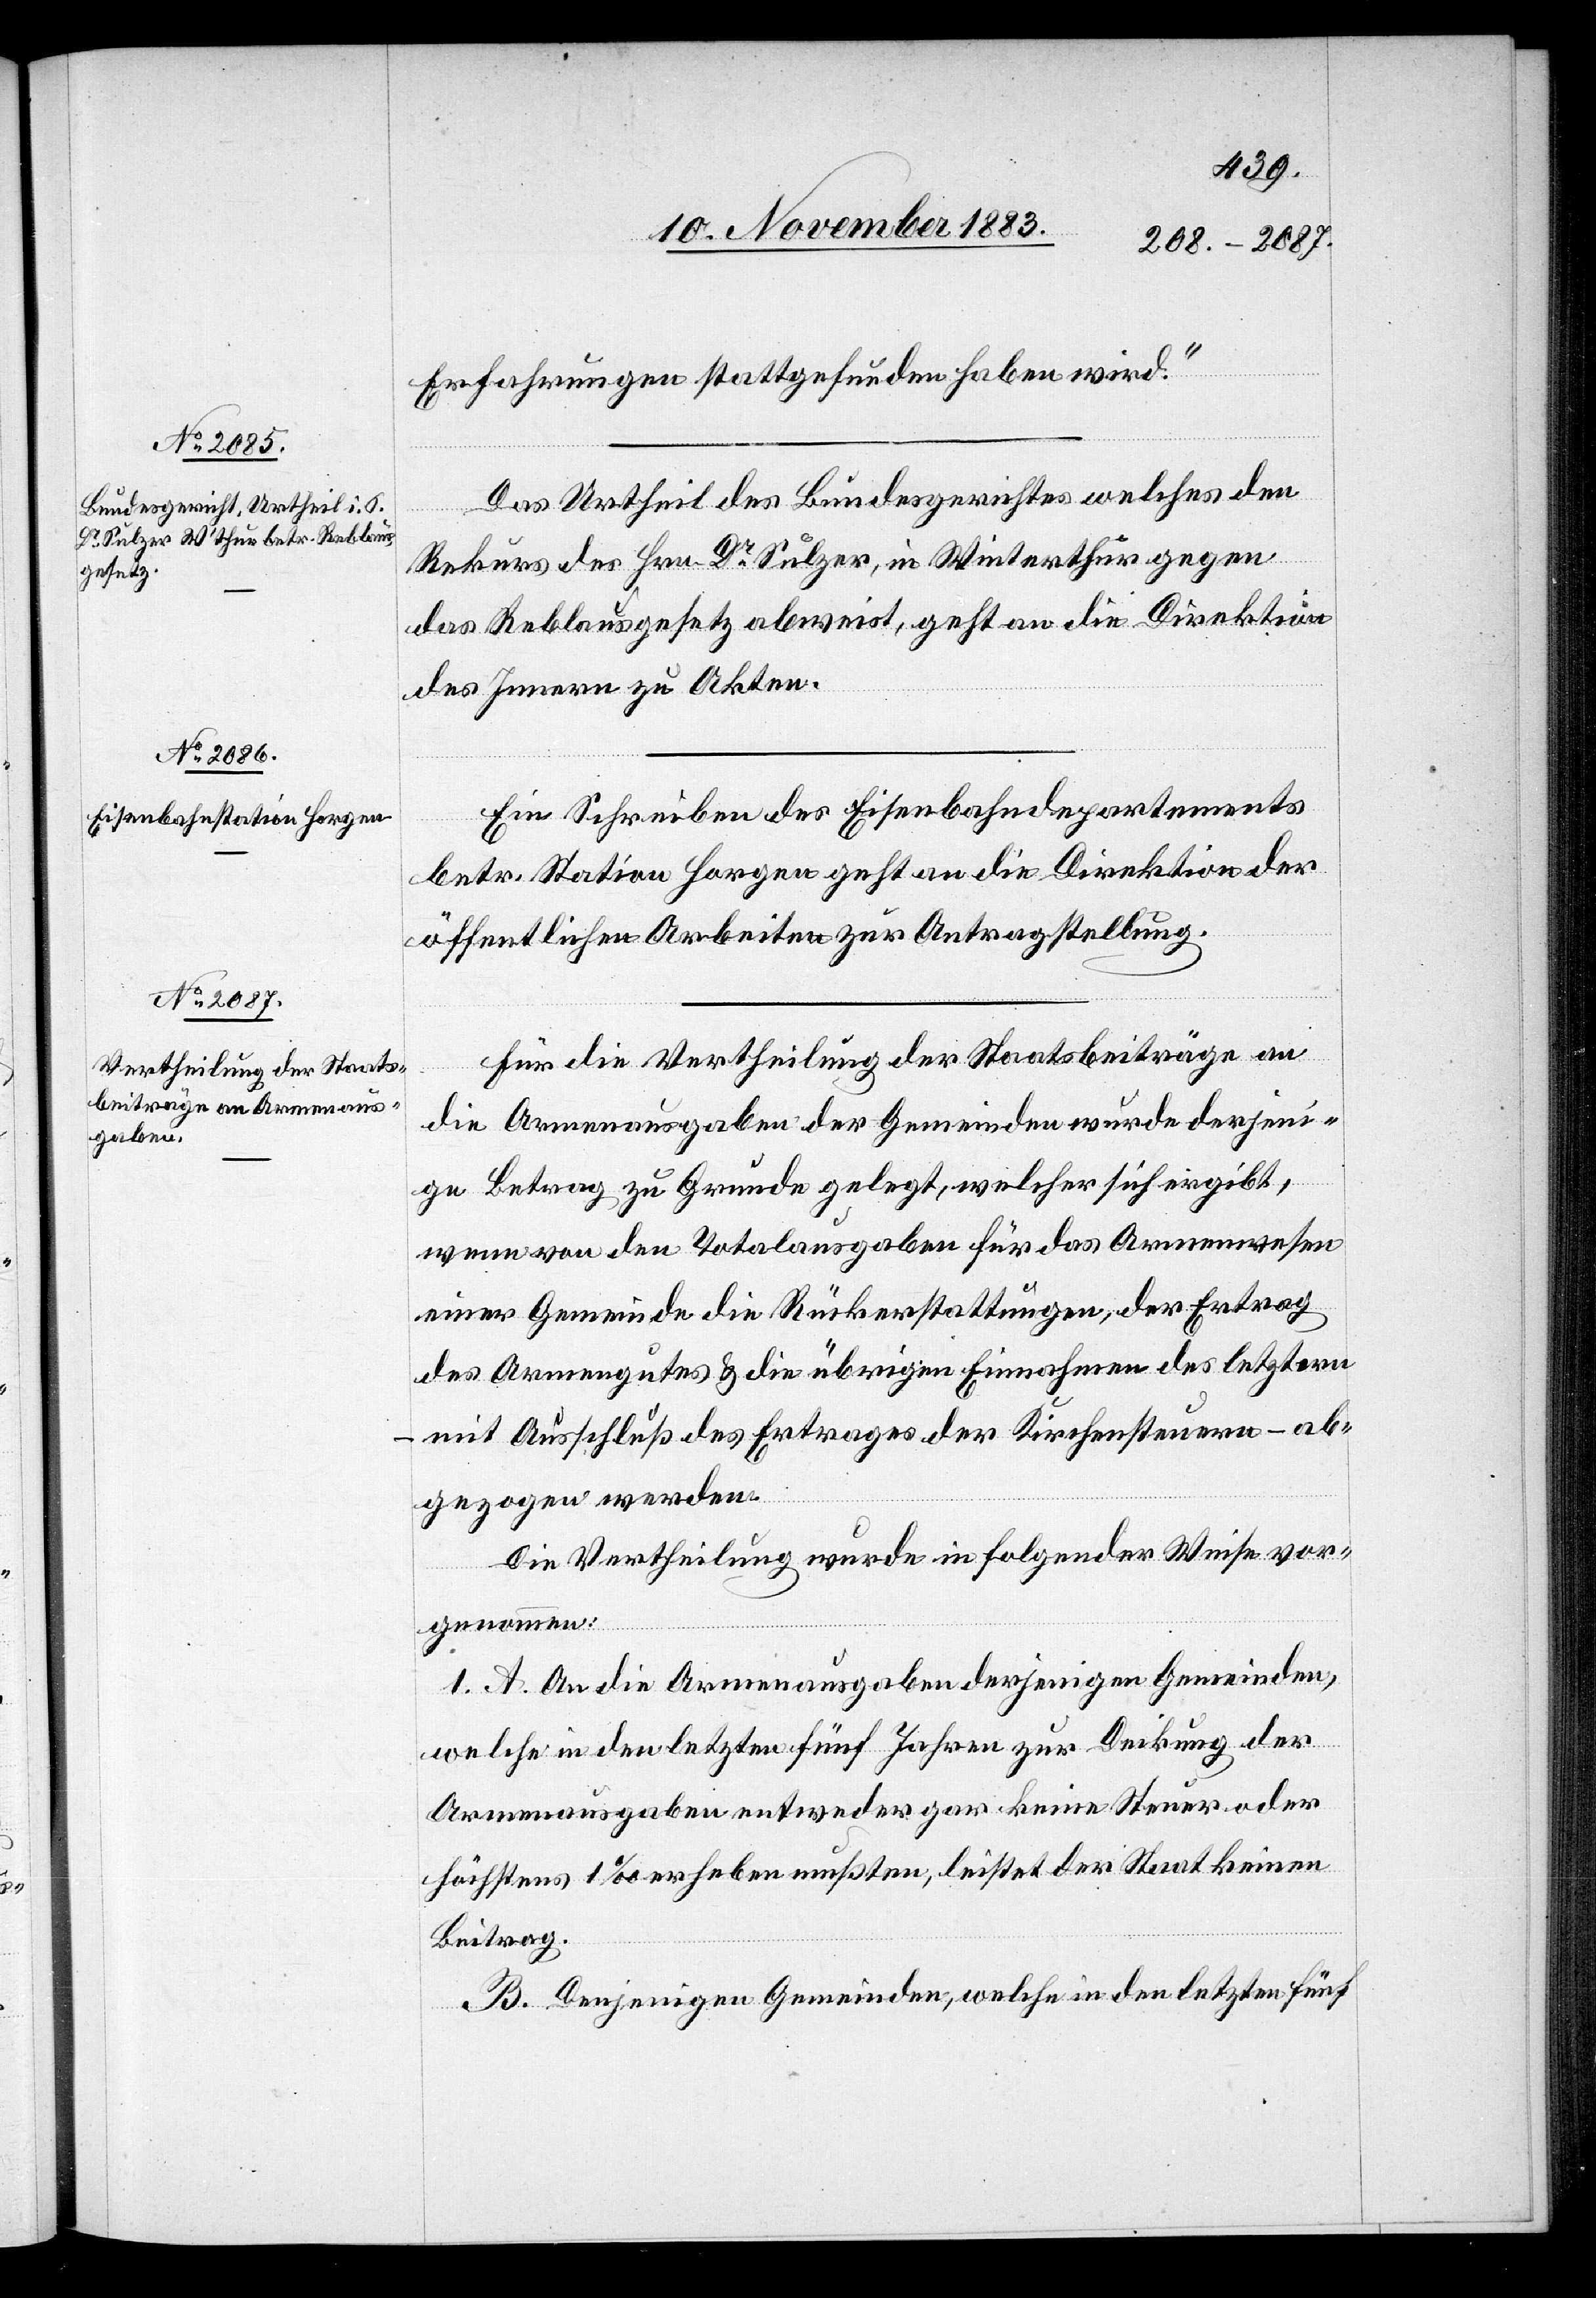
Erfahrungen stattgefunden haben wird.“
Das Urtheil des Bundesgerichtes welches den
Rekurs des Hrn. Dr Sulzer, in Winterthur gegen
das Reblausgesetz abweist, geht an die Direktion
des Innern zu Akten.
Ein Schreiben des Eisenbahndepartements
betr. Station Horgen geht an die Direktion der
öffentlichen Arbeiten zur Antragstellung.
Für die Vertheilung der Staatsbeiträge an
die Armenausgaben der Gemeinden wurde derjeni¬
ge Betrag zu Grunde gelegt, welcher sich ergibt,
wenn von den Totalausgaben für das Armenwesen
einer Gemeinde die Rückerstattungen, der Ertrag
des Armengutes & die übrigen Einnahmen des letztern
– mit Ausschluß des Ertrages der Kirchensteuern – ab¬
gezogen werden.
Die Vertheilung wurde in folgender Weise vor¬
genommen:
I. A. An die Armenausgaben derjenigen Gemeinden,
welche in den letzten fünf Jahren zur Deckung der
Armenausgaben entweder gar keine Steuer oder
höchstens 1‰ erheben mußten, leistet der Staat keinen
Beitrag.
B. Denjenigen Gemeinden, welche in den letzten fünf